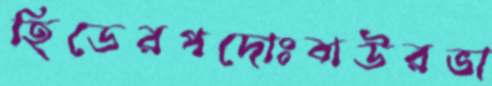
হিডেরপদোঃবাউরভা